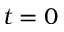
t = 0